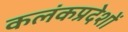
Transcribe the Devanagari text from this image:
कलंकप्रदेशों